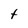
Character: t